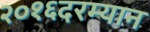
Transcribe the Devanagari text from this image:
२०१६दरम्यान